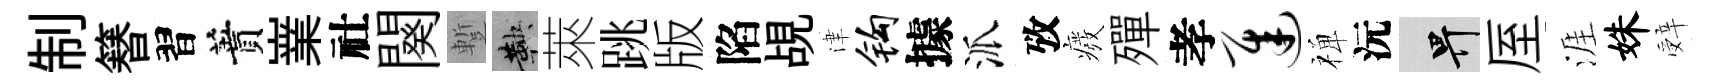
制簮習蕡嶪社闋蹔鞅萊跳版陷覘津钩據派攷癈殫孝迟禅沅畀厔涯姝辤